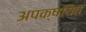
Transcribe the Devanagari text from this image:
अपक्षयित